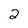
Character: 2